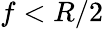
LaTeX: f<R/2